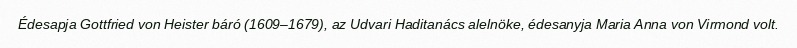
Édesapja Gottfried von Heister báró (1609–1679), az Udvari Haditanács alelnöke, édesanyja Maria Anna von Virmond volt.